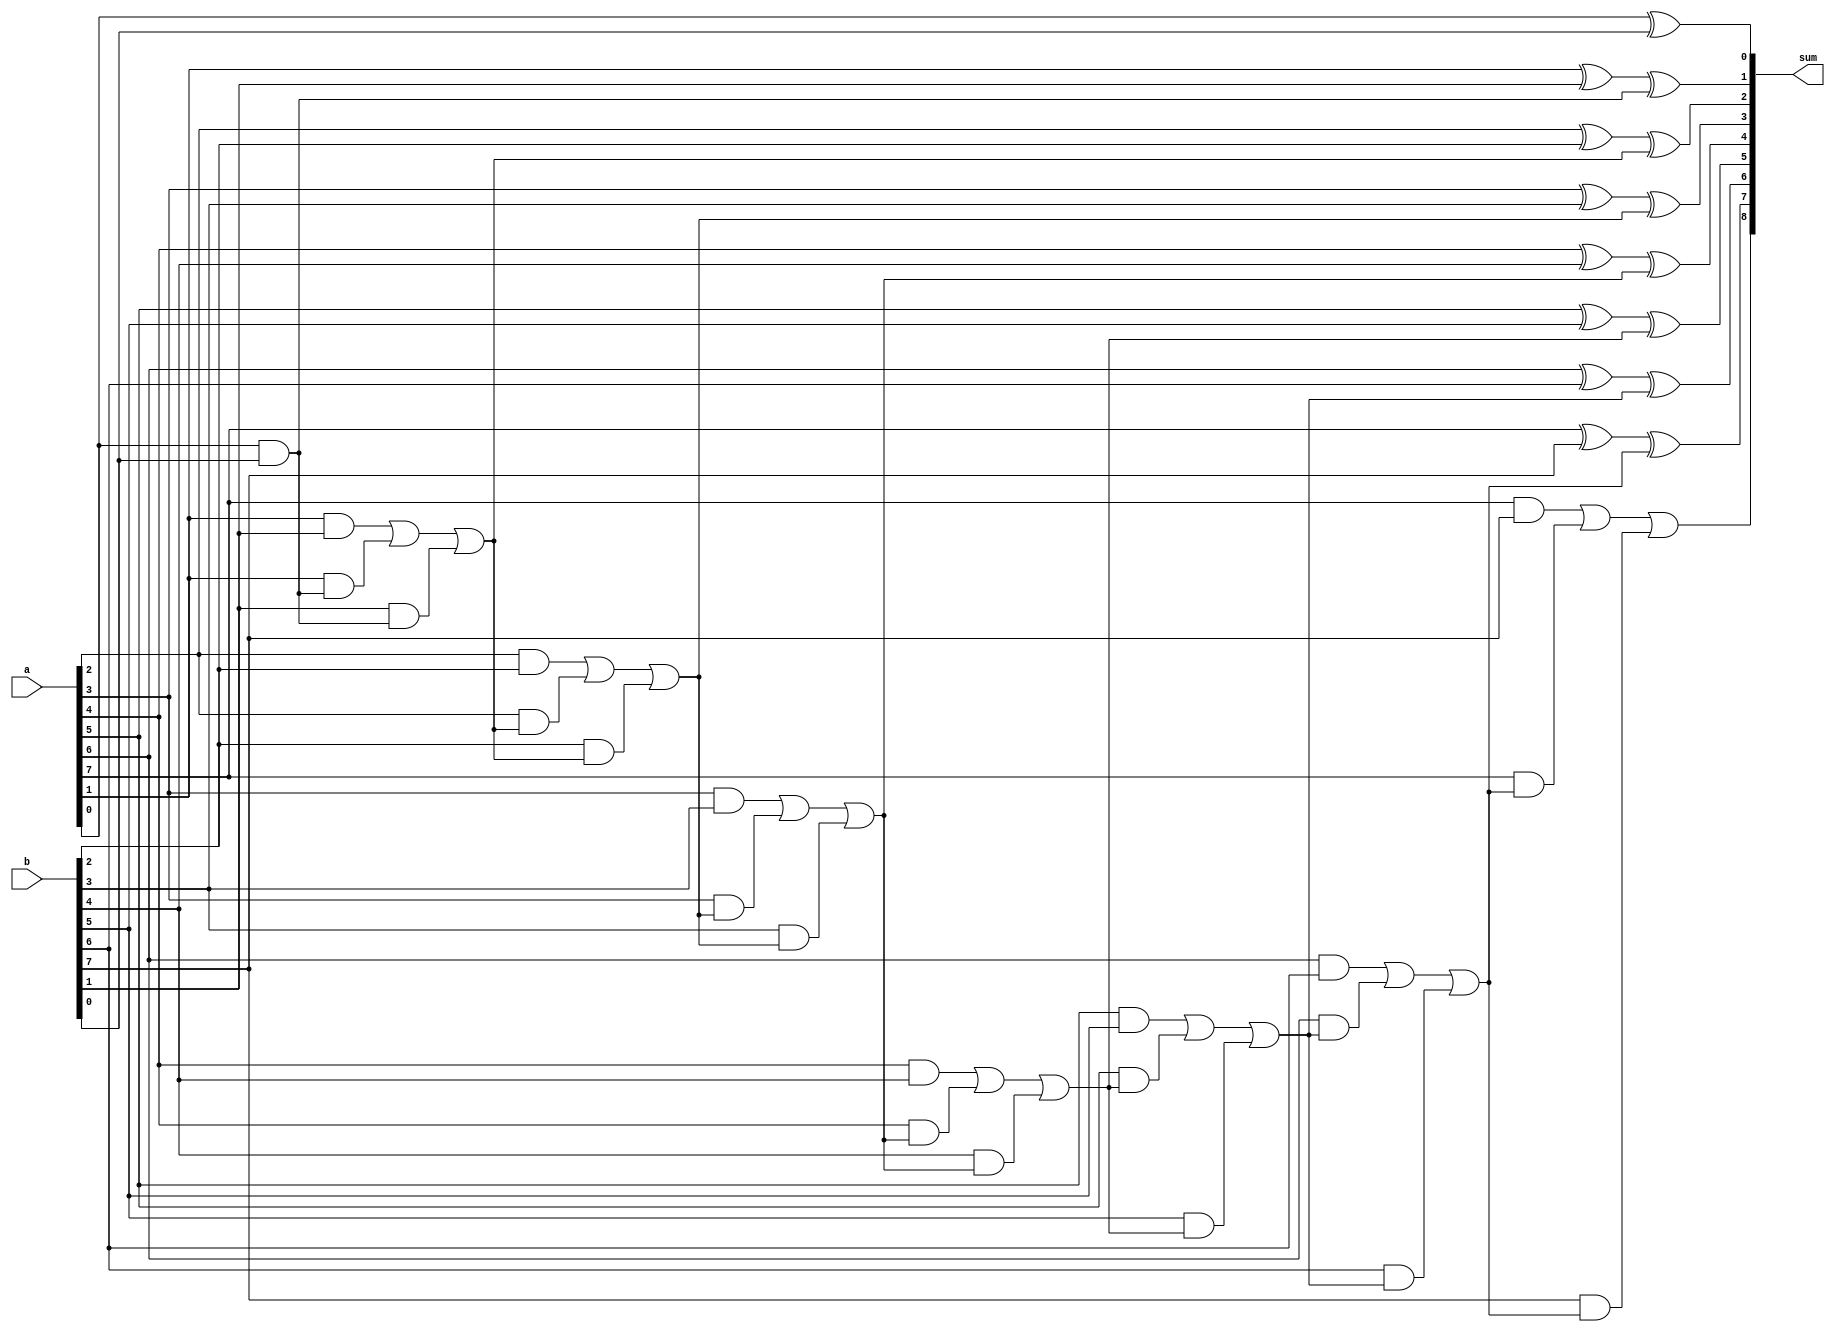
module ripple_carry_adder(
    input wire [7:0] a,
    input wire [7:0] b,
    output wire [8:0] sum
);

wire [7:0] carry;
assign sum[0] = a[0] ^ b[0];
assign carry[0] = a[0] & b[0];

genvar i;
generate
    for(i = 1; i < 8; i = i + 1) begin
        assign sum[i] = a[i] ^ b[i] ^ carry[i-1];
        assign carry[i] = (a[i] & b[i]) | (a[i] & carry[i-1]) | (b[i] & carry[i-1]);
    end
endgenerate

assign sum[8] = carry[7];

endmodule